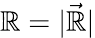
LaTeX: \mathbb{R}=|\vec{{\mathbb{R}}}|